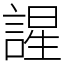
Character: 謃